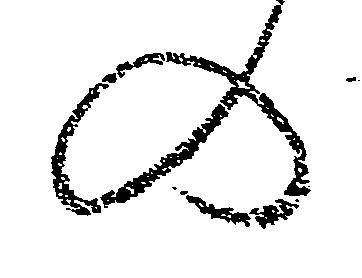
の